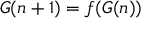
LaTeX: G ( n + 1 ) = f ( G ( n ) )